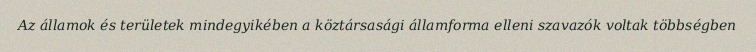
Az államok és területek mindegyikében a köztársasági államforma elleni szavazók voltak többségben